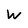
Character: W